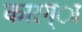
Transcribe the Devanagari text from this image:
कारग्ा